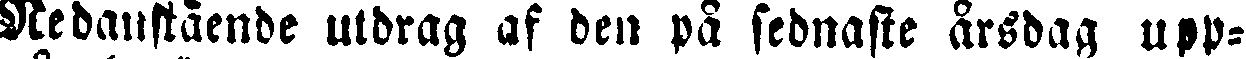
Nedanstående utdrag af den på sednaste årsdag upp-